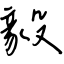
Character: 毅